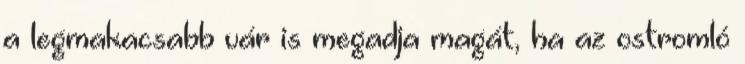
a legmakacsabb vár is megadja magát, ha az ostromló